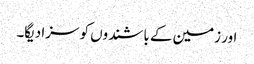
اور زمین کے باشندوں کو سزا دیگا۔